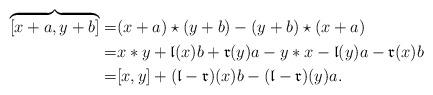
LaTeX: \begin{align*} \overbrace{[x+a, y+b]}=&(x+a)\star (y+b) -(y+b)\star (x+a)\\=& x\ast y+ \mathfrak{l}(x)b+ \mathfrak{r}(y)a - y\ast x -\mathfrak{l}(y)a - \mathfrak{r}(x)b \\=&[x, y] + (\mathfrak{l}-\mathfrak{r})(x)b - (\mathfrak{l} -\mathfrak{r})(y)a.\end{align*}